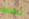
ناشط